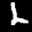
Label: 2